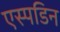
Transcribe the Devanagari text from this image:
एस्पडिन